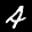
Label: 4